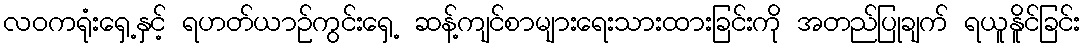
လဝကရုံးရှေ့နှင့် ရဟတ်ယာဉ်ကွင်းရှေ့ ဆန့်ကျင်စာများရေးသားထားခြင်းကို အတည်ပြုချက် ရယူနိူင်ခြင်း